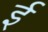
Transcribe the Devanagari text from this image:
र्इ